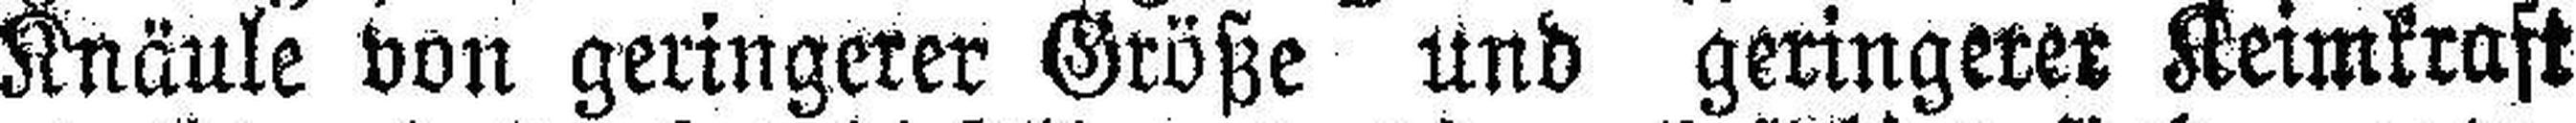
Knäule von geringerer Größe und geringerer Keimkraft